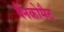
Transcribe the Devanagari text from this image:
बैंनकोमैट